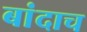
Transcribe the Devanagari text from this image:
बांदाच